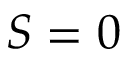
S = 0